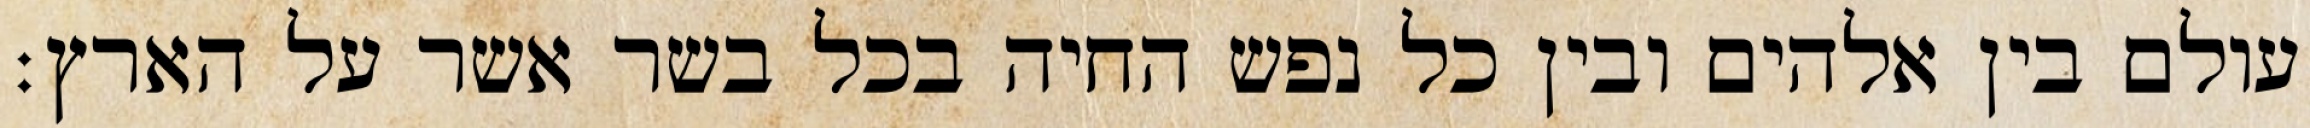
עולם בין אלהים ובין כל נפש החיה בכל בשר אשר על הארץ׃